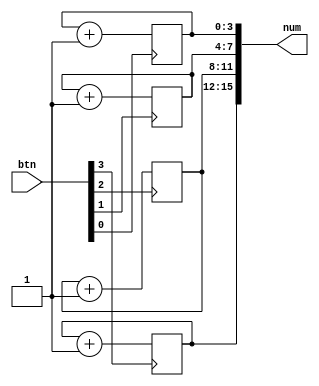
`timescale 1ns / 1ps
//////////////////////////////////////////////////////////////////////////////////
// Company: 
// Engineer: 
// 
// Design Name: 
// Module Name:    CreateNumber 
// Project Name: 
// Target Devices: 
// Tool versions: 
// Description: 
//
// Dependencies: 
//
// Revision: 
// Revision 0.01 - File Created
// Additional Comments: 
//
//////////////////////////////////////////////////////////////////////////////////
/*
	 btn   16  num 
*/
module CreateNumber (
	input wire [3:0] btn,
	output reg [15:0] num
);
	wire [3:0] A, B, C, D;
	
	initial begin 
		num = 16'b0000_0000_0000_0000; //  0
	end
	
	assign A = num[3:0] + 4'b1;
	assign B = num[7:4] + 4'b1;
	assign C = num[11:8] + 4'b1;
	assign D = num[15:12] + 4'b1;
	
	always @(posedge btn[0]) num[3:0] <= A;
	always @(posedge btn[1]) num[7:4] <= B;
	always @(posedge btn[2]) num[11:8] <= C;
	always @(posedge btn[3]) num[15:12] <= D;
endmodule